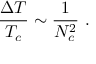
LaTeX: { \frac { \Delta T } { T _ { c } } } \sim { \frac { 1 } { N _ { c } ^ { 2 } } } \ .